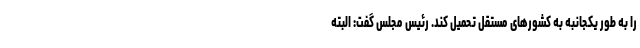
را به طور یکجانبه به کشورهای مستقل تحمیل کند. رئیس مجلس گفت: البته